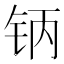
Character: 𰽥